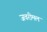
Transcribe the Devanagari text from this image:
जवरीमल